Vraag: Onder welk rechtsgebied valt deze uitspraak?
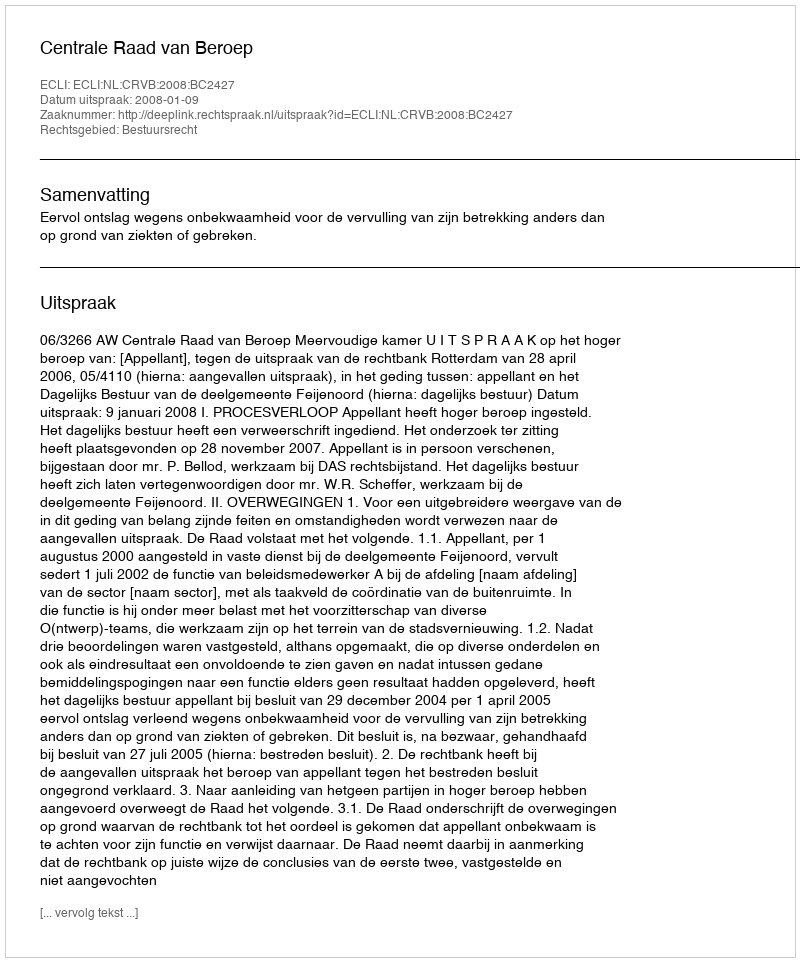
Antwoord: Bestuursrecht